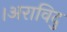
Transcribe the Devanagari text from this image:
।अराविदु